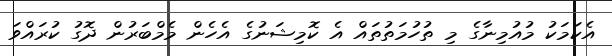
އެކަމަކު މުއުމިނާގެ މި ތުހުމަތުތައް އެ ކޮމިޝަނުގެ އެހެން މެމްބަރުން ދޮގު ކުރައްވަ